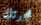
هجرتك